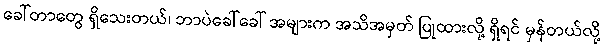
ခေါ်တာတွေ ရှိသေးတယ်၊ ဘာပဲခေါ်ခေါ် အများက အသိအမှတ် ပြုထားလို့ ရှိရင် မှန်တယ်လို့